Civil Veterinary Department. Central Provinces & Berar 1932-41 - 1932-1941
Year: 1932
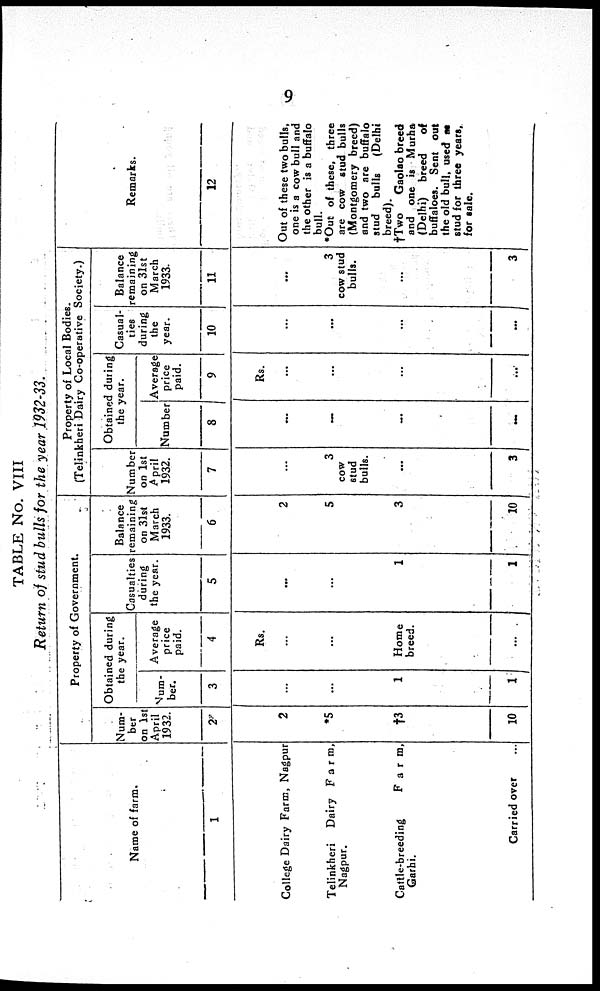
9
TABLE No. VIII
Return of stud bulls for the year 1932-33.
Name of farm.
1
College Dairy Farm, Nagpur
Telinkheri
Dairy Farm,
Nagpur.
Cattle-breeding
Farm,
Garhi.
Carried over ...
Property of Government.
Num-
ber
on 1st
April
1932.
2
2
*5
†3
10
Obtained during
the year.
Num-
ber.
3
...
...
1
1
Average
price
paid.
4
Rs.
...
...
Home
breed.
...
Casualties
during
the year
5
...
...
1
1
Balance
remaining
on 31st
March
1933.
6
2
5
3
10
Property of Local Bodies.
(Telinkheri Dairy Co-operative Society.)
Number
on 1st
April
1932.
7
...
3
cow
stud
bulls.
...
3
Obtained during
the year.
Number
8
...
...
...
...
Average
price
paid.
9
Rs.
...
...
...
...
Casual-
ties
during
the
year.
10
...
...
...
...
Balance
remaining
on 31st
March
1933.
11
...
3
cow stud
bulls.
...
3
Remarks.
12
Out of these two bulls,
one is a cow bull and
the other is a buffalo
bull.
*Out of these, three
are cow stud bulls
(Montgomery breed)
and two are buffalo
stud
bulls
(Delhi
breed).
†Two
Gaolao breed
and one is Murha
(Delhi) breed
of
buffaloes. Sent out
the old bull, used as
stud for three years.
for sale.